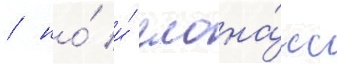
/ но́ и́ глона́сс